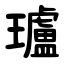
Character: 瓐